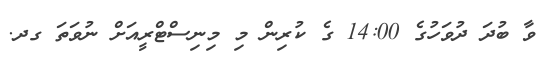
ވާ ބުދަ ދުވަހުގެ 14:00 ގެ ކުރިން މި މިނިސްޓްރީއަށް ނުވަތަ ގދ.